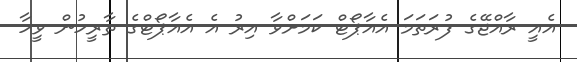
އެއީ ރާއްޖޭގެ ފުރަތަމަ އެއާޕޯޓް ކަމަށްވާ އިރު އެ އެއާޕޯޓްގެ ތާރީހުން ވީހާ